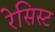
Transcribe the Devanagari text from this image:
रेसिस्ट